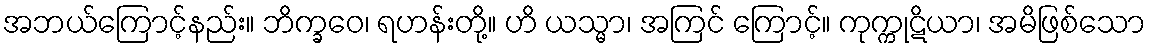
အဘယ်ကြောင့်နည်း။ ဘိက္ခဝေ၊ ရဟန်းတို့။ ဟိ ယသ္မာ၊ အကြင် ကြောင့်။ ကုက္ကုဋိယာ၊ အမိဖြစ်သော